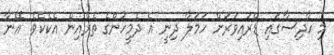
މި ހާދިސާގައި ޑްރައިވަރަށް ހަމަލާ ދިނީ އެ ދެމީހުންގެ ތެރެއިން އެކެކެވެ. އޭނާ